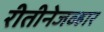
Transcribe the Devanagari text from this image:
रीतीनेजव्हार